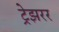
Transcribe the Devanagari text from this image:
ट्रेझरर